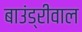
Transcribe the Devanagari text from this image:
बाउंड्रीवाल